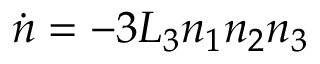
\dot { n } = - 3 L _ { 3 } n _ { 1 } n _ { 2 } n _ { 3 }